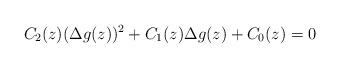
LaTeX: \begin{align*}C_2(z)(\Delta g(z))^2+C_1(z)\Delta g(z)+C_0(z)=0 \end{align*}